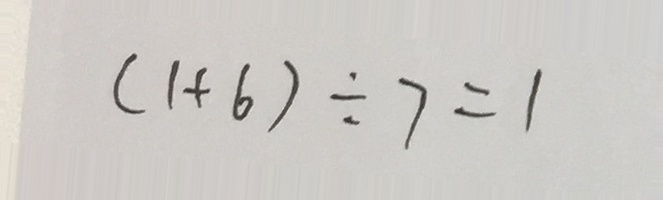
( 1 + 6 ) \div 7 = 1